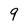
Character: 9